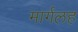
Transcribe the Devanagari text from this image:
मार्गलह